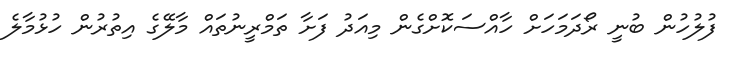
ފުލުހުން ބުނީ ރޯދަމަހަށް ހާއްސަކޮށްގެން މިއަދު ފަށާ ތަމްރީނުތައް މާލޭގެ އިތުރުން ހުޅުމާލެ